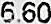
6.60